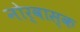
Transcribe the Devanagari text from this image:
नोर्वास्क